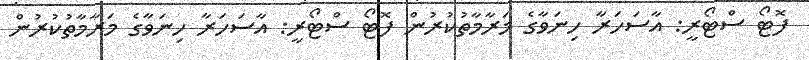
ފޮޓޯ ސްޓޯރީ: އާސަހަރާ ހިނަވާގެ މަރާމާތުކުރުން ފޮޓޯ ސްޓޯރީ: އާސަހަރާ ހިނަވާގެ މަރާމާތުކުރުން